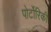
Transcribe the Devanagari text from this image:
पोर्टोरिकी